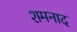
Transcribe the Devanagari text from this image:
शमनाद